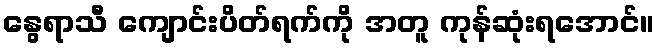
နွေရာသီ ကျောင်းပိတ်ရက်ကို အတူ ကုန်ဆုံးရအောင်။